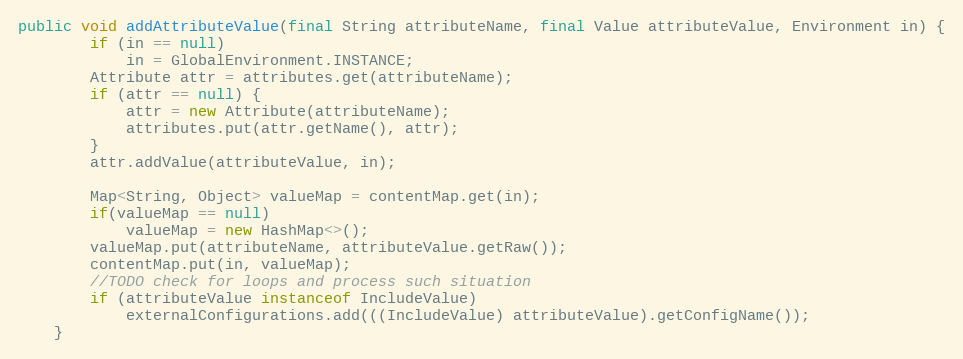
Language: Java
public void addAttributeValue(final String attributeName, final Value attributeValue, Environment in) {
		if (in == null)
			in = GlobalEnvironment.INSTANCE;
		Attribute attr = attributes.get(attributeName);
		if (attr == null) {
			attr = new Attribute(attributeName);
			attributes.put(attr.getName(), attr);
		}
		attr.addValue(attributeValue, in);

		Map<String, Object> valueMap = contentMap.get(in);
		if(valueMap == null)
			valueMap = new HashMap<>();
		valueMap.put(attributeName, attributeValue.getRaw());
		contentMap.put(in, valueMap);
		//TODO check for loops and process such situation
		if (attributeValue instanceof IncludeValue)
			externalConfigurations.add(((IncludeValue) attributeValue).getConfigName());
	}